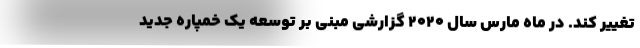
تغییر کند. در ماه مارس سال 2020 گزارشی مبنی بر توسعه یک خمپاره جدید